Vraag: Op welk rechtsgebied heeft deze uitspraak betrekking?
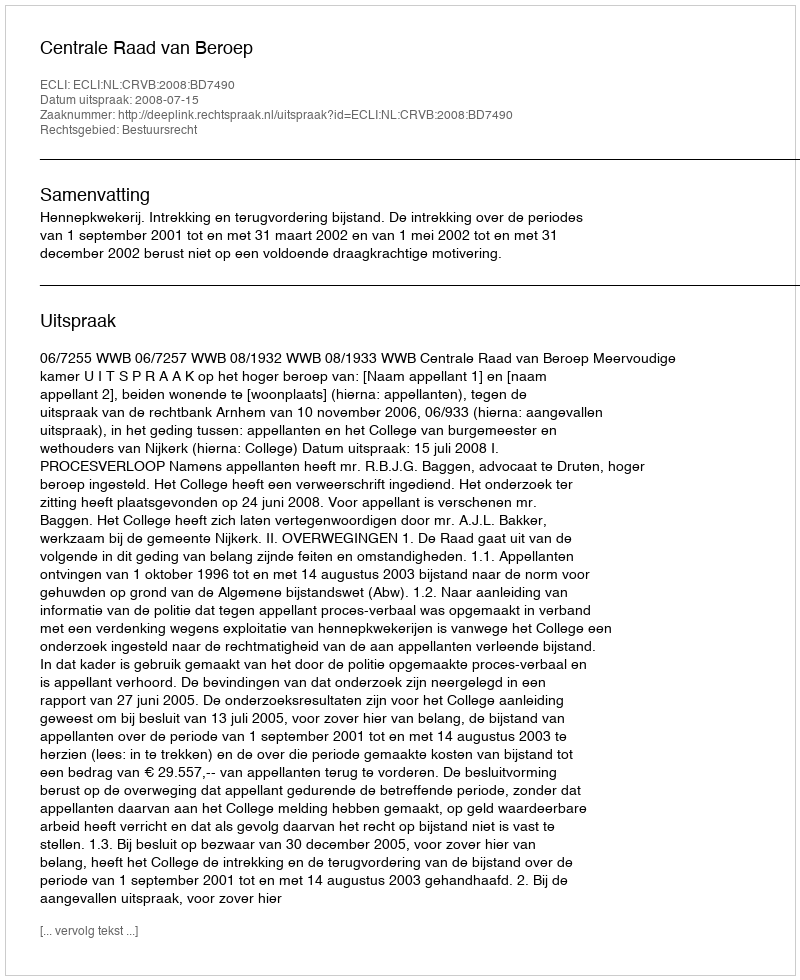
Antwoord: Bestuursrecht